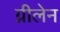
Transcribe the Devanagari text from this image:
ग्नीलेन